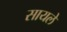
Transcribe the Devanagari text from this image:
सायले